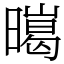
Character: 㬞